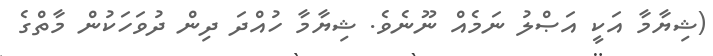
(ޝިޔާމާ އަކީ އަޞްލު ނަމެއް ނޫނެވެ. ޝިޔާމާ ހުއްދަ ދިން ދުވަހަކުން މާތްގެ